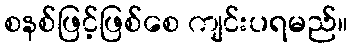
စနစ်ဖြင့်ဖြစ်စေ ကျင်းပရမည်။